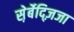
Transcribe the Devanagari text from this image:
स़ेर्बेद्ज़िजा